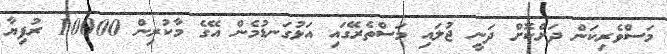
މަސްވެރިކަން ދަށްކޮށް ދަނީ ޖުލައި މަސްތެރޭގައި އަޅުގަނޑުމެން އޭގެ މާކުރިން 10000 ރުފިޔާ